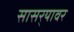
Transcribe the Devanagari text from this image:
सासर्‍यावर